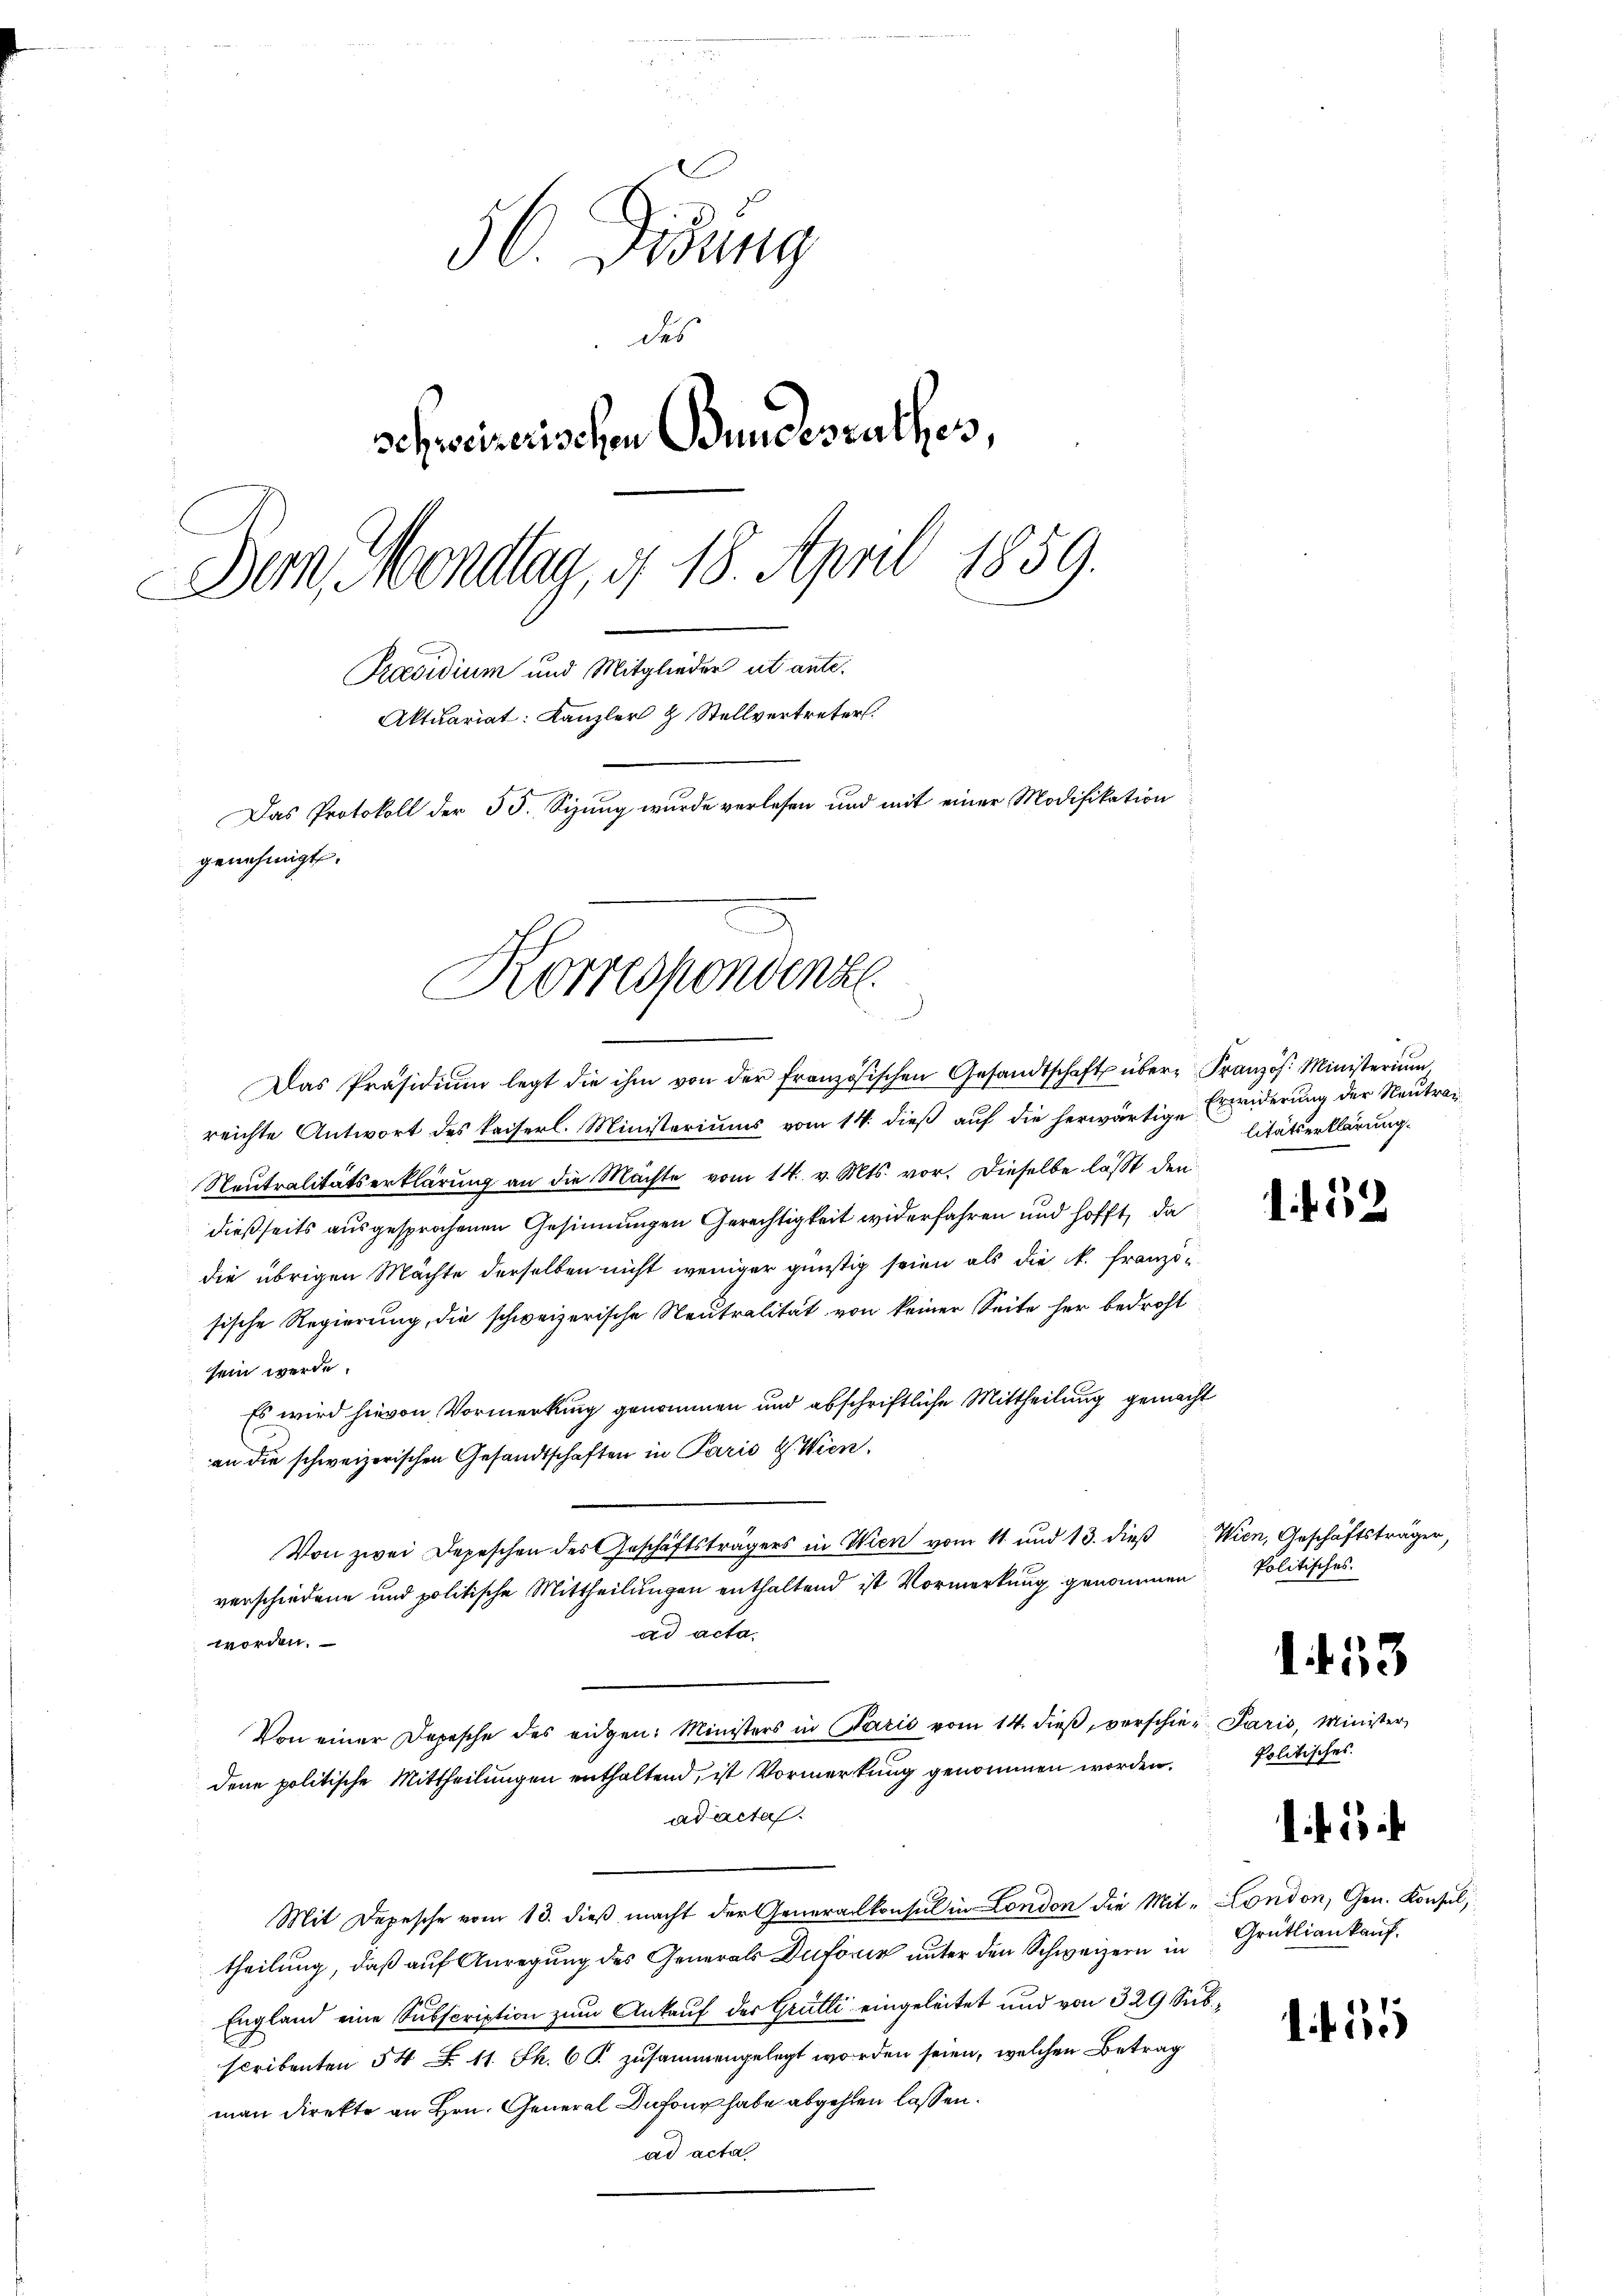
56. Didung
des
schweizerischen Bundesrathes,
Dem Mondlag, d. 18. April 1859.
Praesidium und Mitglieder ut ante.
Aktuariat: Kanzler & Stellvertreter.
Das Protokoll der 55. Sizung wurde verlesen und mit einer Modifikation
genehmigt.

Korrespondenze
d

Das Präsidiŭm legt die ihm von der französischen Gesandtschaft über Französ. Ministerium
reichte Antwort des kaiserl. Ministeriums vom 14. dieβ aŭf die herwärtige Erwiderung der Neutra¬
Neutralitätserklärung an die Mächte vom 14. v. Mts. vor. Dieselbe lässt den
dießseits ausgesprochenen Gesinnungen Gerechtigkeit widerfahren und hofft, da
die übrigen Mächte derselben nicht weniger günstig seien als die N. Französische Regierung, die schweizerische Neutralität von keiner Seite her bedroht
sein werde.
Es wird hievon Vormerkung genommen und abschriftliche Mittheilung gemacht
an die schweizerischen Gesandtschaften in Paris Wien,
Von zwei Depeschen des Geschäftsträgers in Wien vom 11. und 13. dieβ Wien, Geschäftsträger,
verschiedene und politische Mittheilungen enthaltend ist Vormerkung genommen Politisches
ad acta,
worden.
Von einer Depesche des eidgen: Ministers in Parić vom 14. dieβ verschie-Paris, Minister
dene politische Mittheilungen enthaltend, ist Vormerkung genommen worden.
ad acta.
Mit Depesche vom 13. dieß macht der Generalkonsul in London die Mit- London, Gen. Konsul,
theilung, daß auf Anregung des Generals Dufouin unter den Schweizern in Grütliankauf
England eine Subscription zum Ankauf der Grutti eingeleitet und von 329 Subscribenten 54 S. 11. Ph. 6 J. zusammengelegt worden seien, welchen Betrag
man direkte an Hrn. General Dufour habe abgehen lassen.
ad acta

litätserklärung.

1. f. 532.

I. 433

Politisches.

lif